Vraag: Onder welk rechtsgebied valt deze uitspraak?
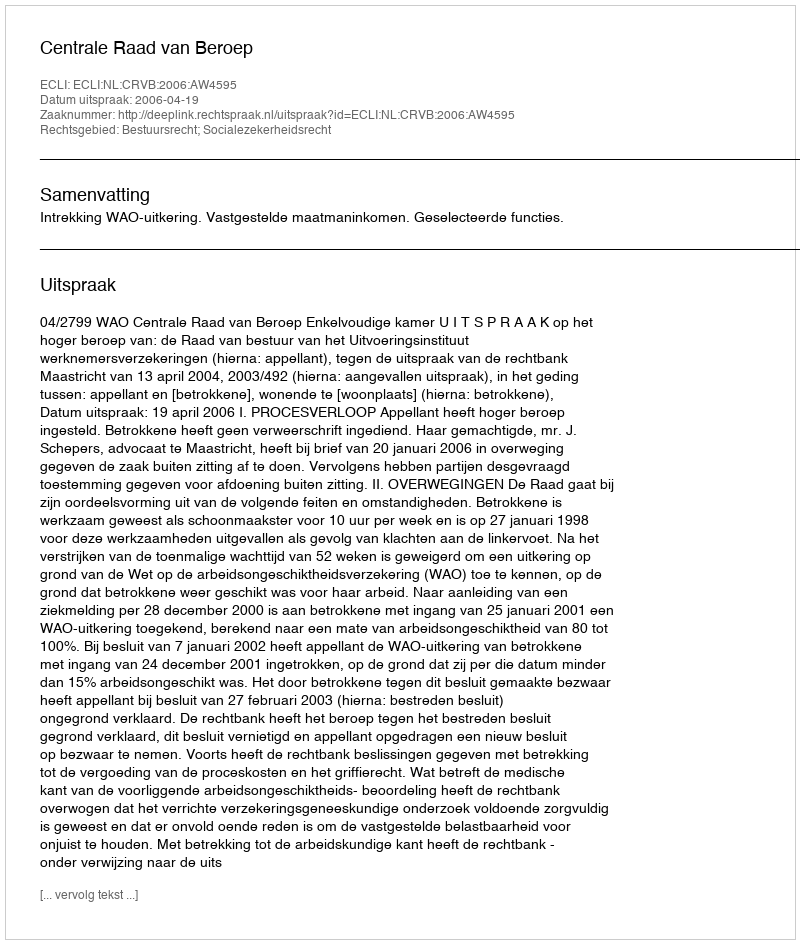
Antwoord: Bestuursrecht; Socialezekerheidsrecht